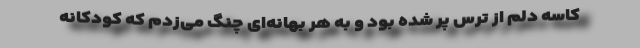
کاسه دلم از ترس پُر شده بود و به هر بهانه‌ای چنگ می‌زدم که کودکانه